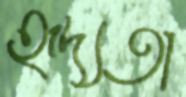
হৃদ্যতা